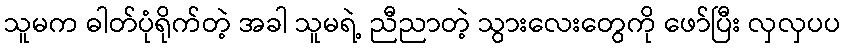
သူမက ဓါတ်ပုံရိုက်တဲ့ အခါ သူမရဲ့ ညီညာတဲ့ သွားလေးတွေကို ဖော်ပြီး လှလှပပ